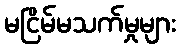
မငြိမ်မသက်မှုများ